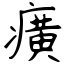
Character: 癀